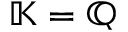
\mathbb { K } = \mathbb { Q }